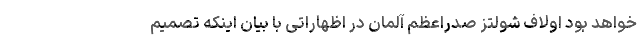
خواهد بود اولاف شولتز صدراعظم آلمان در اظهاراتی با بیان اینکه تصمیم